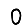
Digit: 0